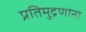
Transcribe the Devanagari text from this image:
प्रतिमुद्रणांना